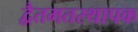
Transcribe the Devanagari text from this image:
द्वैतमतस्थापक